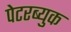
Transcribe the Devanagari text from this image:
पेटरब्युक